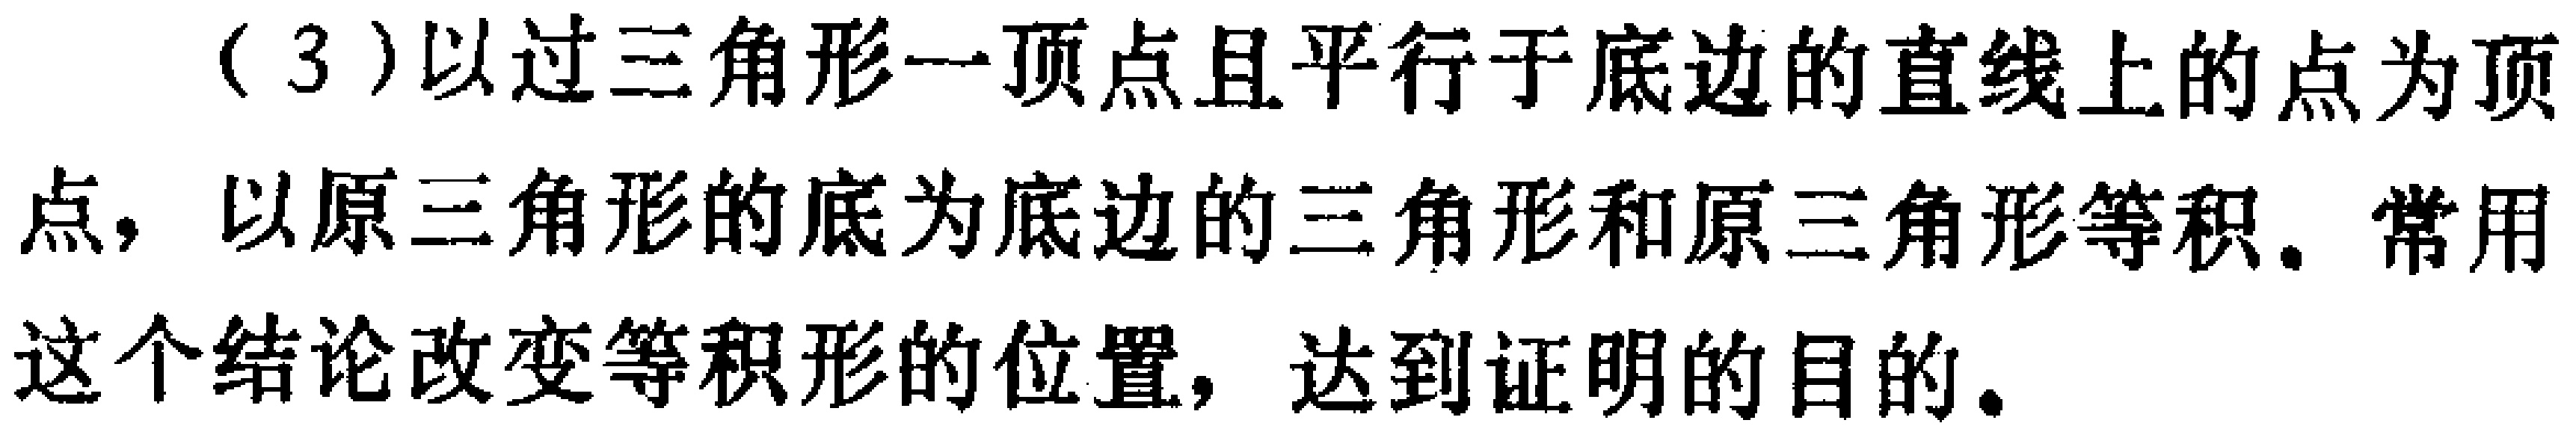
（3）以过三角形一顶点且平行于底边的直线上的点为顶点，以原三角形的底为底边的三角形和原三角形等积。常用这个结论改变等积形的位置，达到证明的目的。